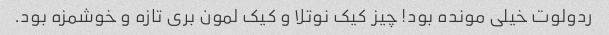
ردولوت خیلی مونده بود! چیز کیک نوتلا و کیک لمون بری تازه و خوشمزه بود.